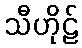
သီဟိုဠ်